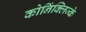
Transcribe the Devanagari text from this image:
कोनिंक्लिज्के